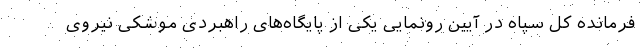
فرمانده کل سپاه در آیین رونمایی یکی از پایگاه‌های راهبردی موشکی نیروی